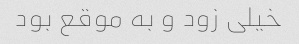
خیلی زود و به موقع بود